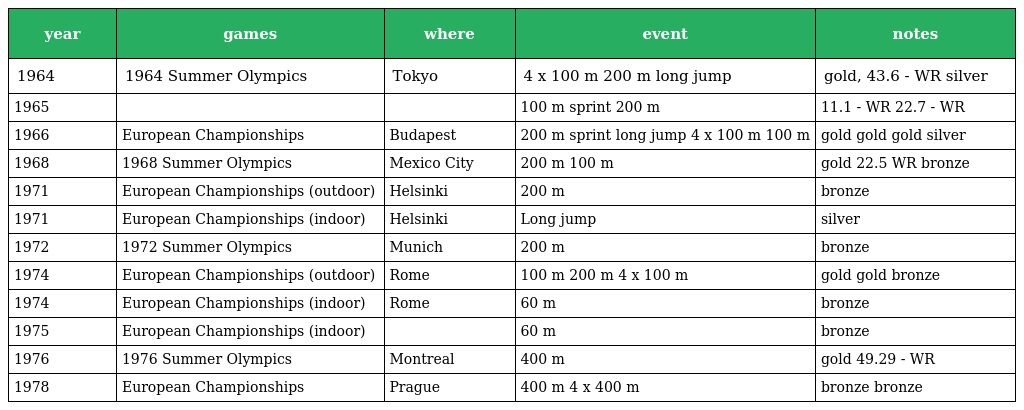
| year | games | where | event | notes |
 | --- | --- | --- | --- | --- |
 | 1964 | 1964 Summer Olympics | Tokyo | 4 x 100 m 200 m long jump | gold, 43.6 - WR silver |
 | 1965 |  |  | 100 m sprint 200 m | 11.1 - WR 22.7 - WR |
 | 1966 | European Championships | Budapest | 200 m sprint long jump 4 x 100 m 100 m | gold gold gold silver |
 | 1968 | 1968 Summer Olympics | Mexico City | 200 m 100 m | gold 22.5 WR bronze |
 | 1971 | European Championships (outdoor) | Helsinki | 200 m | bronze |
 | 1971 | European Championships (indoor) | Helsinki | Long jump | silver |
 | 1972 | 1972 Summer Olympics | Munich | 200 m | bronze |
 | 1974 | European Championships (outdoor) | Rome | 100 m 200 m 4 x 100 m | gold gold bronze |
 | 1974 | European Championships (indoor) | Rome | 60 m | bronze |
 | 1975 | European Championships (indoor) |  | 60 m | bronze |
 | 1976 | 1976 Summer Olympics | Montreal | 400 m | gold 49.29 - WR |
 | 1978 | European Championships | Prague | 400 m 4 x 400 m | bronze bronze |